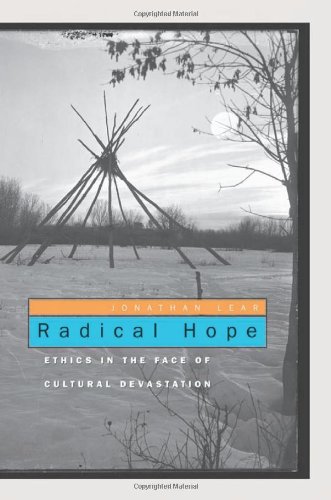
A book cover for Radical Hope: Ethics in the Face of Cultural Devastation; Jonathan Lear; Medical Books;